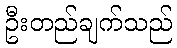
ဦးတည်ချက်သည်